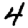
Digit: 4